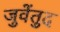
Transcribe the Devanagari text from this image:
जुवेंतुद